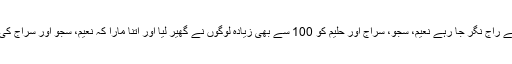
ہلدی پوکھر سے راج نگر جا رہے نعیم، سجو، سراج اور حلیم کو 100 سے بھی زیادہ لوگوں نے گھیر لیا اور اتنا مارا کہ نعیم، سجو اور سراج کی موت ہو گئی۔